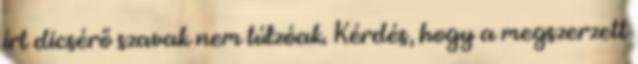
írt dicsérő szavak nem túlzóak. Kérdés, hogy a megszerzett